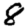
Digit: 8